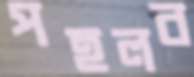
পহলব